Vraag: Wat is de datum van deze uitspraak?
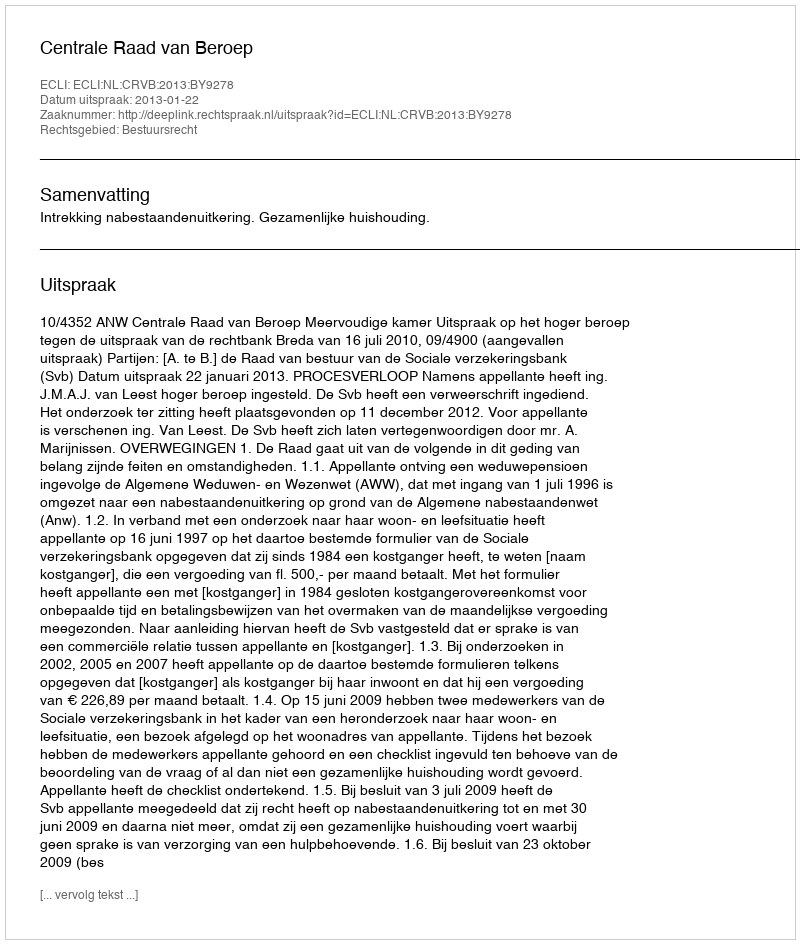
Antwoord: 2013-01-22